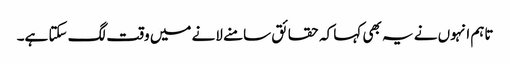
تاہم انہوں نے یہ بھی کہا کہ حقائق سامنے لانے میں وقت لگ سکتا ہے۔